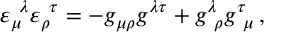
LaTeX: \varepsilon _ { \mu } ^ { \ \lambda } \varepsilon _ { \rho } ^ { \ \tau } = - g _ { \mu \rho } g ^ { \lambda \tau } + g _ { \ \rho } ^ { \lambda } g _ { \ \mu } ^ { \tau } \, ,